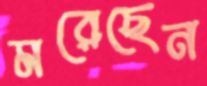
মরেছেন